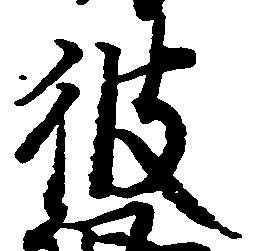
彼